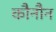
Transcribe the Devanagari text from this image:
कौनौन